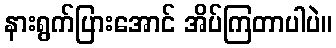
နားရွက်ပြားအောင် အိပ်ကြတာပါပဲ။